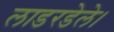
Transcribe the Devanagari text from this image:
लाडरडेले।